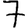
Digit: 7